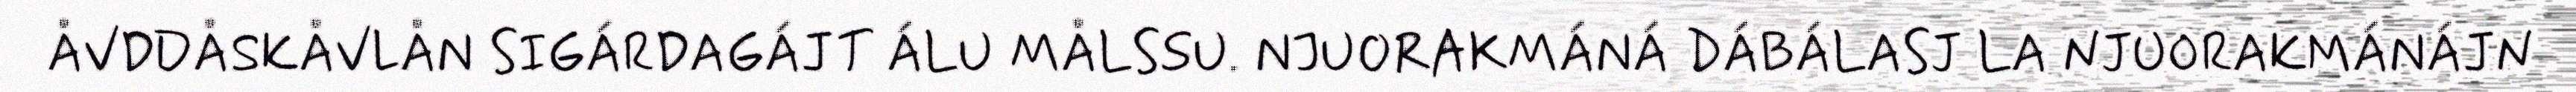
ÅVDDÅSKÅVLÅN SIGÁRDAGÁJT ÁLU MÅLSSU. NJUORAKMÁNÁ DÁBÁLASJ LA NJUORAKMÁNÁJN